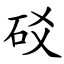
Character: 䂚